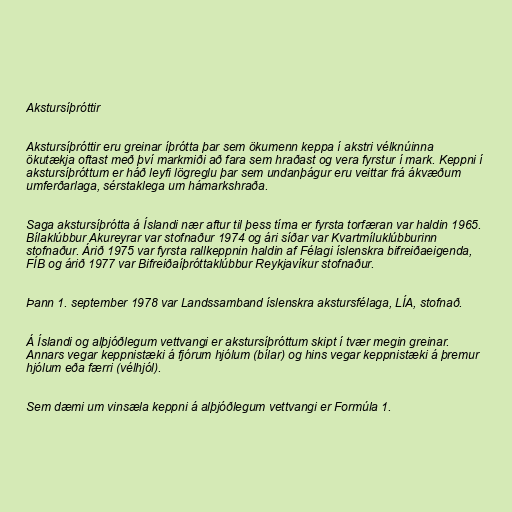
Akstursíþróttir

Akstursíþróttir eru greinar íþrótta þar sem ökumenn keppa í akstri vélknúinna
ökutækja oftast með því markmiði að fara sem hraðast og vera fyrstur í mark. Keppni í
akstursíþróttum er háð leyfi lögreglu þar sem undanþágur eru veittar frá ákvæðum
umferðarlaga, sérstaklega um hámarkshraða.

Saga akstursíþrótta á Íslandi nær aftur til þess tíma er fyrsta torfæran var haldin 1965.
Bílaklúbbur Akureyrar var stofnaður 1974 og ári síðar var Kvartmíluklúbburinn
stofnaður. Árið 1975 var fyrsta rallkeppnin haldin af Félagi íslenskra bifreiðaeigenda,
FÍB og árið 1977 var Bifreiðaíþróttaklúbbur Reykjavíkur stofnaður.

Þann 1. september 1978 var Landssamband íslenskra akstursfélaga, LÍA, stofnað.

Á Íslandi og alþjóðlegum vettvangi er akstursíþróttum skipt í tvær megin greinar.
Annars vegar keppnistæki á fjórum hjólum (bílar) og hins vegar keppnistæki á þremur
hjólum eða færri (vélhjól).

Sem dæmi um vinsæla keppni á alþjóðlegum vettvangi er Formúla 1.